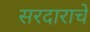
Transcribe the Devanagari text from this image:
सरदाराचे